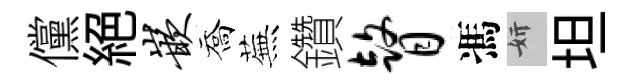
儻絕嵌喬蕪鑽瞽馮妍坦